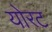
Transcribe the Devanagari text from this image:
योरट